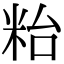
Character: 𥹋